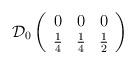
\begin{align*}\mathcal{D}_{0}\left( \begin{array}{ccc}0 & 0 & 0\\\frac{1}{4} & \frac{1}{4} & \frac{1}{2}\end{array}\right)\end{align*}